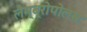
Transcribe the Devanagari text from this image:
लैम्ब्रोपोलस